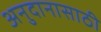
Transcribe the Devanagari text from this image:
अनुदानासाठी